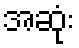
အဆုံး